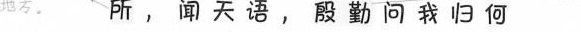
地方 所，闻天语，殷勤问我归何